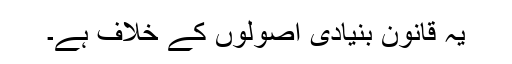
یہ قانون بنیادی اصولوں کے خلاف ہے۔